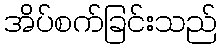
အိပ်စက်ခြင်းသည်